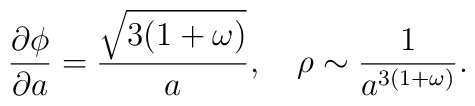
\frac{\partial \phi}{\partial a}= \frac{\sqrt {3(1+\omega)}}{a},~~~\rho \sim \frac{1}{a^{3(1+\omega)}}.